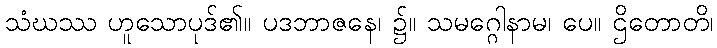
သံဃဿ ဟူသောပုဒ်၏။ ပဒဘာဇနေ၊ ၌။ သမဂ္ဂေါနာမ၊ ပေ။ ဌိတောတိ၊